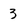
Character: 3